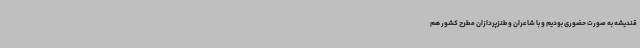
قندیشه به صورت حضوری بودیم و با شاعران و طنزپردازان مطرح کشور هم